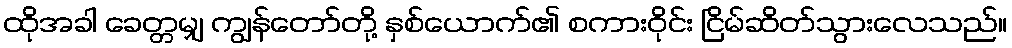
ထိုအခါ ခေတ္တမျှ ကျွန်တော်တို့ နှစ်ယောက်၏ စကားဝိုင်း ငြိမ်ဆိတ်သွားလေသည်။